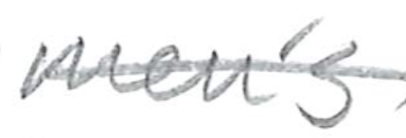
Text: men's
Cross-out: single-line
Writing tool: pencil